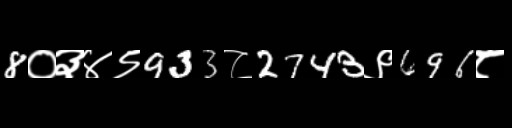
Text: 8०३४९933८2743९696८